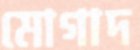
মোগাদ